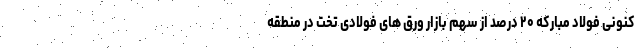
کنونی فولاد مبارکه ۲۰ درصد از سهم بازار ورق های فولادی تخت در منطقه